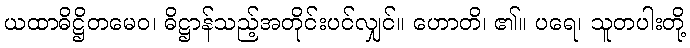
ယထာဓိဋ္ဌိတမေဝ၊ ဓိဋ္ဌာန်သည့်အတိုင်းပင်လျှင်။ ဟောတိ၊ ၏။ ပရေ၊ သူတပါးတို့